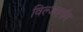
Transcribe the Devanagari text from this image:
विल्जरार्सन